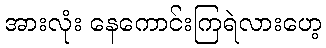
အားလုံး နေကောင်းကြရဲလားဟေ့